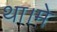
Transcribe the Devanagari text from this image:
था।मे